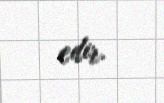
edir.